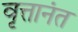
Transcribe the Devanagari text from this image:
वृत्तानंत